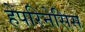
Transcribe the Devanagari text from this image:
हेपरिनेसिस